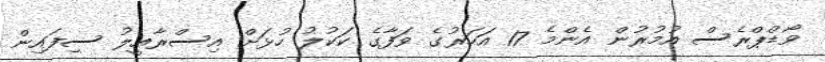
ވޯޑްޕްރެސް އުމުރުން އެންމެ 17 އަހަރުގެ ވަފާގެ ކަކުލު ހުޅަށް އިސްރާއީލު ސިފައިން